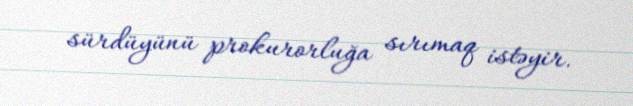
sürdüyünü prokurorluğa sırımaq istəyir.